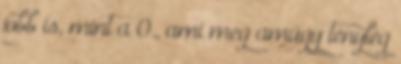
jobb is, mint a 0., ami meg amúgy tényleg